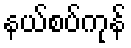
နယ်စပ်ကုန်